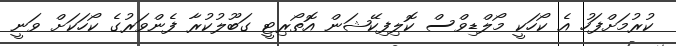
ކުރުމަށްފަހު އެ ކޯހަކީ މޯލްޑިވްސް ކޮލިފިކޭޝަން އޮތޯރިޓީ ގަބޫލުކުރާ ފެންވަރުގެ ކޯހަކަށް ވަނީ